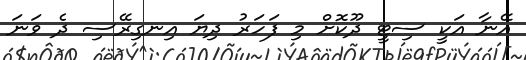
އޭނާ އަކީ ސިޓީ ދޫކޮށް މި ފަހަރު ދިޔަ އިނގިރޭސި ދެ ވަނަ